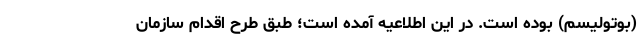
(بوتولیسم) بوده است. در این اطلاعیه آمده است؛ طبق طرح اقدام سازمان